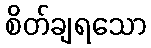
စိတ်ချရသော